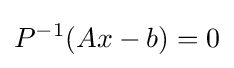
P^{-1}(Ax-b)=0